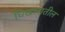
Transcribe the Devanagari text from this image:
चिखलातील